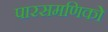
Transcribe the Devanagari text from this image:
पारसमणिको